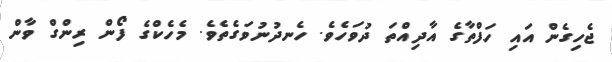
ޖެހިގެން އައި ހަފްތާގެ އާދިއްތަ ދުވަހެވެ. ހެނދުނުވަގެތެވެ. މެހެކްގެ ފޯން ރިންގް ވާން